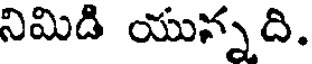
నిమిడి యున్నది.